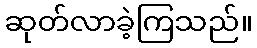
ဆုတ်လာခဲ့ကြသည်။